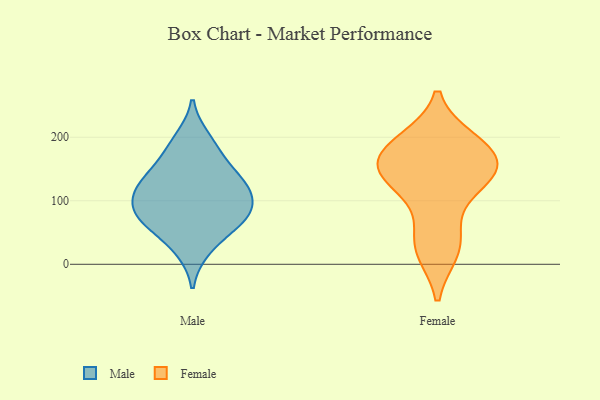
{"axis": {"x": "Active Users", "y": "Value"}, "legend": ["Female", "Male"], "data": [{"x": "", "y": 173, "type": "Male"}, {"x": "", "y": 59, "type": "Male"}, {"x": "", "y": 111, "type": "Male"}, {"x": "", "y": 198, "type": "Male"}, {"x": "", "y": 125, "type": "Male"}, {"x": "", "y": 76, "type": "Male"}, {"x": "", "y": 103, "type": "Male"}, {"x": "", "y": 127, "type": "Male"}, {"x": "", "y": 80, "type": "Male"}, {"x": "", "y": 23, "type": "Male"}, {"x": "", "y": 71, "type": "Male"}, {"x": "", "y": 146, "type": "Male"}, {"x": "", "y": 161, "type": "Female"}, {"x": "", "y": 147, "type": "Female"}, {"x": "", "y": 21, "type": "Female"}, {"x": "", "y": 23, "type": "Female"}, {"x": "", "y": 132, "type": "Female"}, {"x": "", "y": 162, "type": "Female"}, {"x": "", "y": 194, "type": "Female"}, {"x": "", "y": 139, "type": "Female"}, {"x": "", "y": 184, "type": "Female"}, {"x": "", "y": 57, "type": "Female"}, {"x": "", "y": 191, "type": "Female"}, {"x": "", "y": 126, "type": "Female"}]}